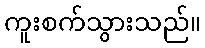
ကူးစက်သွားသည်။